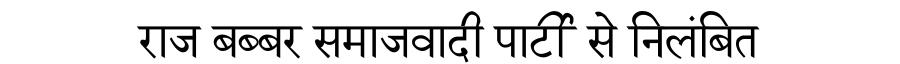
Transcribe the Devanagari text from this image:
राज बब्बर समाजवादी पार्टी से निलंबित